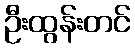
ဦးထွန်းတင်